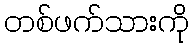
တစ်ဖက်သားကို